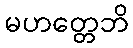
မဟတ္တေဘိ